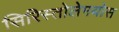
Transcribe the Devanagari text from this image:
सिरिस्तोलेमयोस